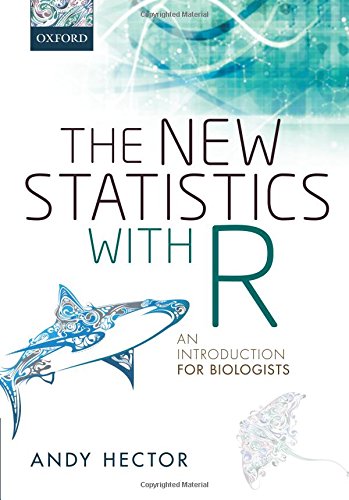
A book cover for The New Statistics with R: An Introduction for Biologists; Andy Hector; Computers & Technology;